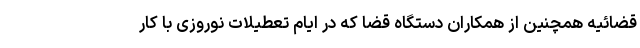
قضائیه همچنین از همکاران دستگاه قضا که در ایام تعطیلات نوروزی با کار